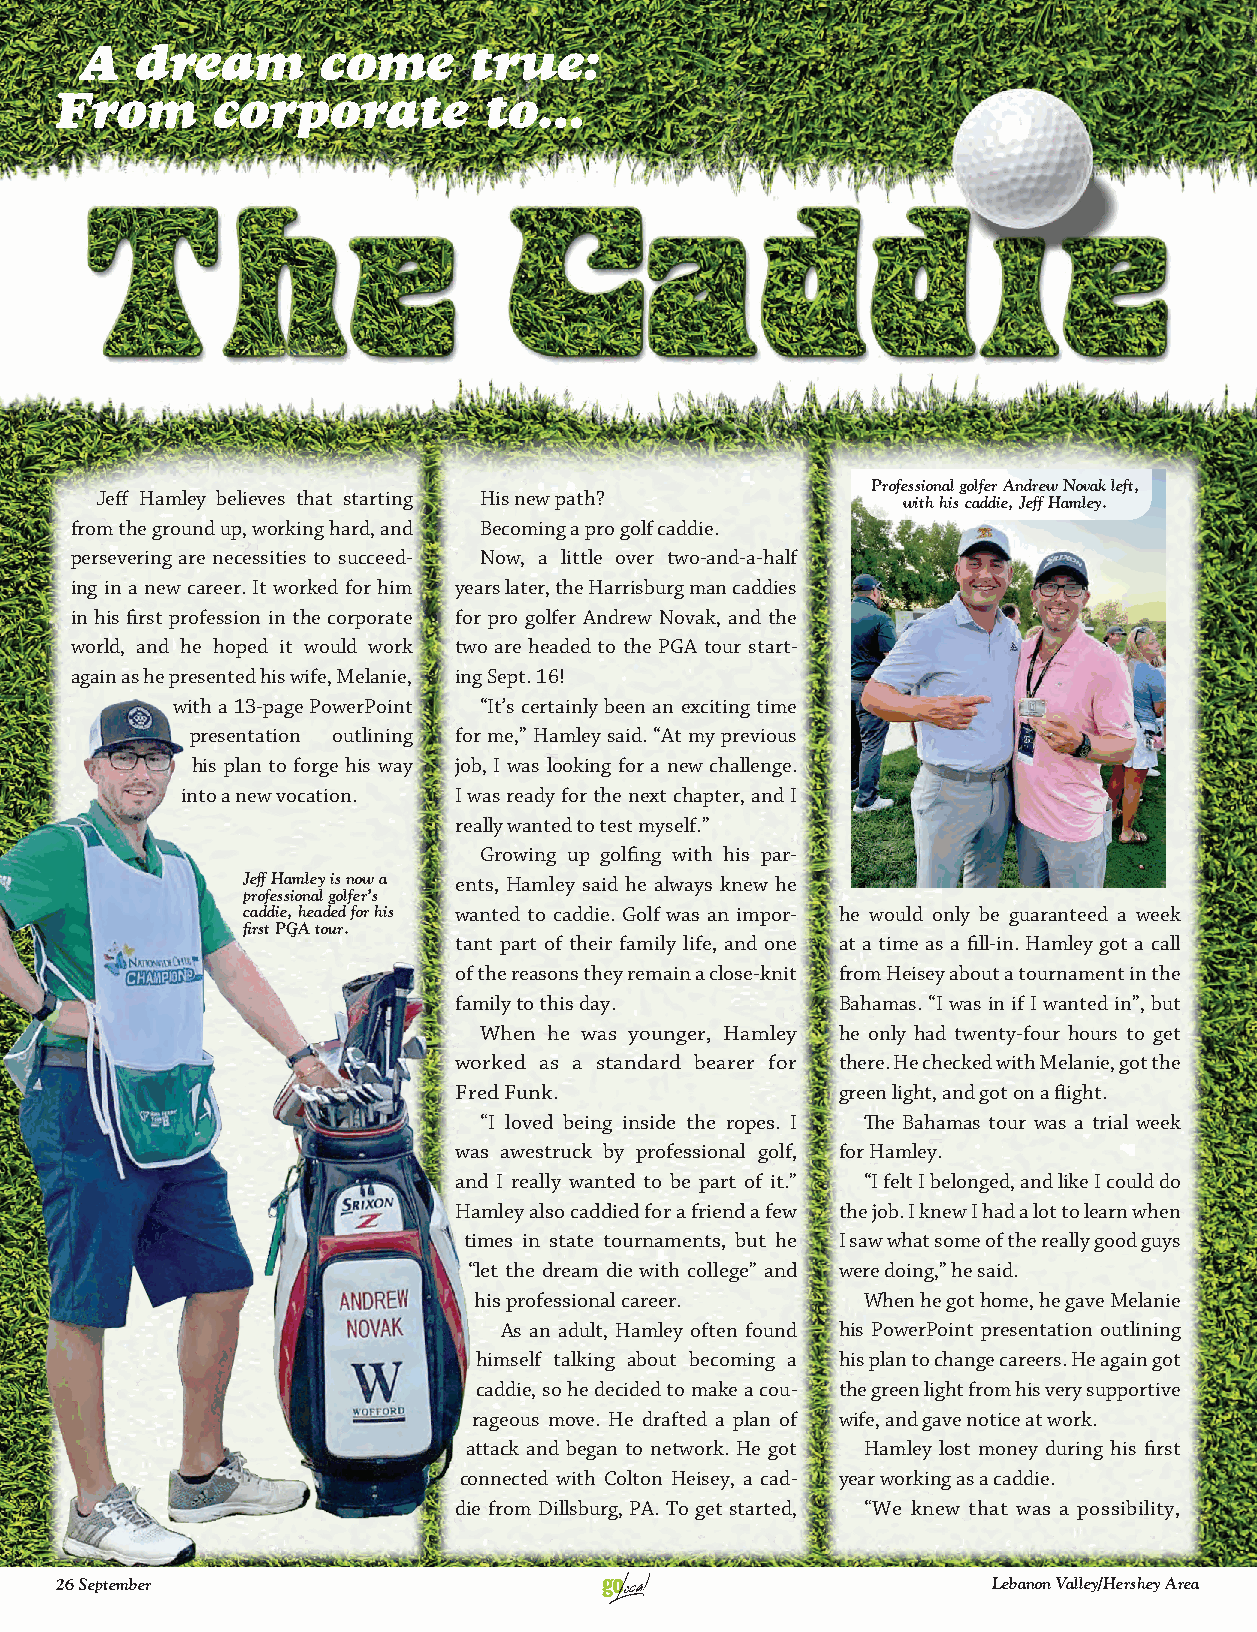
A   dream       come      true:
 From      corporate         to...
 Professional golfer Andrew Novak left,
 Jeff Hamley believes that starting His new path?      with his caddie, Jeff Hamley.
 from the ground up, working hard, and Becoming a pro golf caddie.
 persevering are necessities to succeed- Now, a little over two-and-a-half
 ing in a new career. It worked for him years later, the Harrisburg man caddies
 in his fi rst profession in the corporate for pro golfer Andrew Novak, and the
 world, and he hoped it would work two are headed to the PGA tour start-
 again as he presented his wife, Melanie, ing Sept. 16!
 with a 13-page PowerPoint “It’s certainly been an exciting time
 presentation outlining for me,” Hamley said. “At my previous
 his plan to forge his way job, I was looking for a new challenge.
 into a new vocation. I was ready for the next chapter, and I
 really wanted to test myself.”
 Growing up golfi ng with his par-
 Jeff Hamley is now a ents, Hamley said he always knew he
 professional golfer’s
 caddie, headed for his wanted to caddie. Golf was an impor- he would only be guaranteed a week
 fi rst PGA tour.
 tant part of their family life, and one at a time as a fi ll-in. Hamley got a call
 of the reasons they remain a close-knit from Heisey about a tournament in the
 family to this day.       Bahamas. “I was in if I wanted in”, but
 When he was younger, Hamley he only had twenty-four hours to get
 worked as a standard bearer for there. He checked with Melanie, got the
 Fred Funk.                green light, and got on a fl ight.
 “I loved being inside the ropes. I Th e Bahamas tour was a trial week
 was awestruck by professional golf, for Hamley.
 and I really wanted to be part of it.” “I felt I belonged, and like I could do
 Hamley also caddied for a friend a few the job. I knew I had a lot to learn when
 times in state tournaments, but he I saw what some of the really good guys
 “let the dream die with college” and were doing,” he said.
 his professional career.  When he got home, he gave Melanie
 As an adult, Hamley often found his PowerPoint presentation outlining
 himself talking about becoming a his plan to change careers. He again got
 caddie, so he decided to make a cou- the green light from his very supportive
 rageous move. He drafted a plan of wife, and gave notice at work.
 attack and began to network. He got Hamley lost money during his fi rst
 connected with Colton Heisey, a cad- year working as a caddie.
 die from Dillsburg, PA. To get started, “We knew that was a possibility,
 26 September                                                  Lebanon Valley/Hershey Area